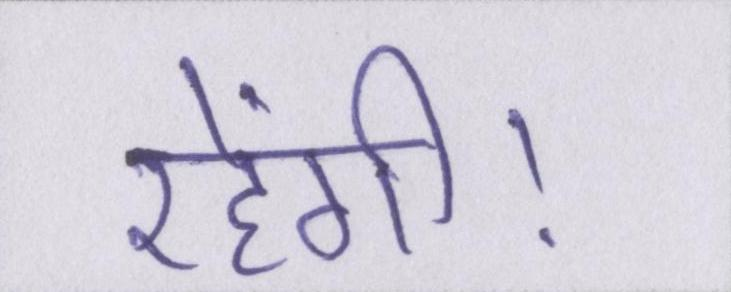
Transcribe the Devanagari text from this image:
रहेंगी।